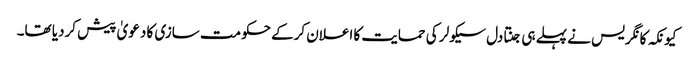
کیونکہ کانگریس نے پہلے ہی جنتادل سیکولر کی حمایت کا اعلان کرکے حکومت سازی کا دعویٰ پیش کردیا تھا۔